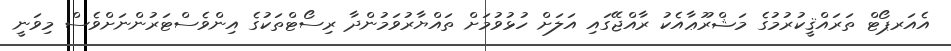
އެއަރޕޯޓް ތަރައްޤީކުރުމުގެ މަޝްރޫޢާއެކު ރާއްޖޭގައި އަލަށް ހުޅުވުމަށް ތައްޔާރުވަމުންދާ ރިސޯޓްތަކުގެ އިންވެސްޓަރުންނަށްވެސް މިވަނީ